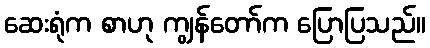
ဆေးရုံက စာဟု ကျွန်တော်က ပြောပြသည်။